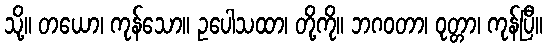
သို့။ တယော၊ ကုန်သော။ ဥပေါသထာ၊ တို့ကို။ ဘဂဝတာ၊ ဝုတ္တာ၊ ကုန်ပြီ။